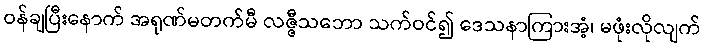
ဝန်ချပြီးနောက် အရုဏ်မတက်မီ လဇ္ဇီသဘော သက်ဝင်၍ ဒေသနာကြားအံ့၊ မဖုံးလိုလျက်